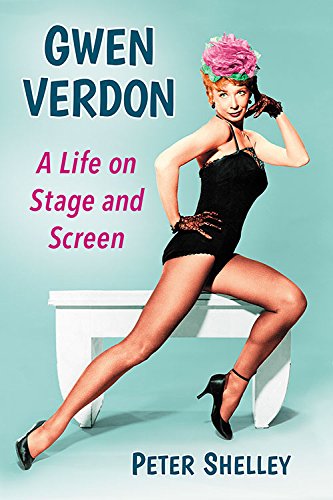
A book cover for Gwen Verdon: A Life on Stage and Screen; Peter Shelley; Humor & Entertainment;